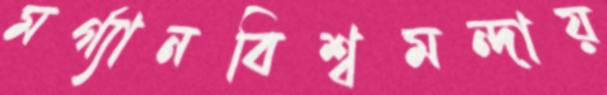
মর্গ্যানবিশ্বমন্দায়